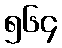
၅၆၄